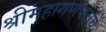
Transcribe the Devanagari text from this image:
श्रीमहागणपतीचे